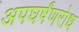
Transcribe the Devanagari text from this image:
अपघर्षंणरोध